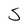
Character: S